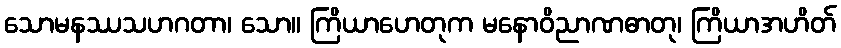
သောမနဿသဟဂတာ၊ သော။ ကြိယာဟေတုက မနောဝိညာဏဓာတု၊ ကြိယာအဟိတ်